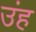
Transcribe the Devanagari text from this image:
उंह